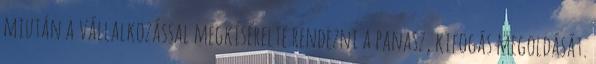
miután a vállalkozással megkísérelte rendezni a panasz, kifogás megoldását.